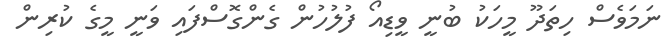
ނަމަވެސް ހިތަދޫ މީހަކު ބުނީ ވީޑިއޯ ފުލުހުން ގެންގޮސްފައި ވަނީ މީގެ ކުރިން